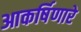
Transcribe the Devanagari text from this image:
आकर्षिणारे